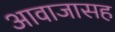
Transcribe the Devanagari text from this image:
आवाजासह